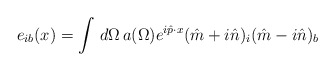
\begin{align*}e_{ib}(x)=\int\,d\Omega\, a(\Omega) e^{i{\hat p}\cdot x} ({\hat m}+i{\hat n})_i ({\hat m}-i{\hat n})_b\end{align*}